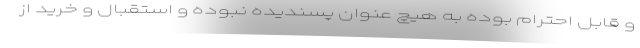
و قابل احترام بوده به هیچ عنوان پسندیده نبوده و استقبال و خرید از